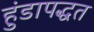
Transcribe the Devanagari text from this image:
हुंडापद्धत